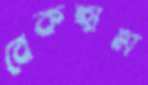
বেকহাম